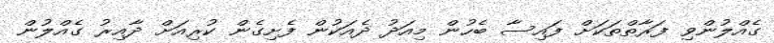
ގެއްލުންވި ފަރާތްތަކަށް ފައިސާ ބެހުން މިއަދު ދެއަކުން ފެށިގެން ކުރިއަށް ދާއިރު ގެއްލުން